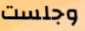
وجلست